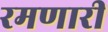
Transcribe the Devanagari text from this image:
रमणारी